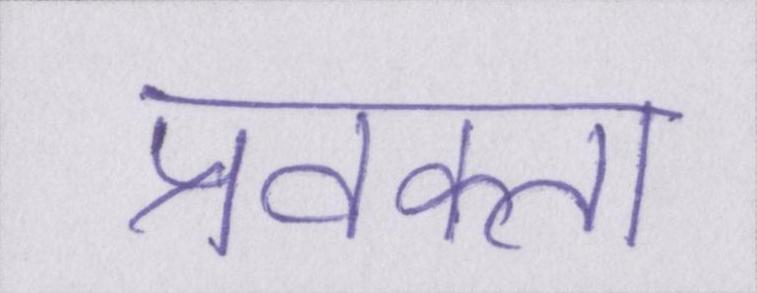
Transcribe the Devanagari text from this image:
प्रवक्ता